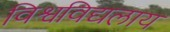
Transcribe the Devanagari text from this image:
विश्वविद्यलाय